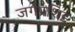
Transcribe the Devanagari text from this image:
जगप्रशिद्द